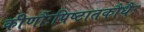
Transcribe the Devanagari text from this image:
कीर्णौःपिष्टातकौधैः